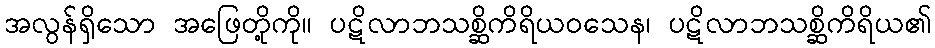
အလွန်ရှိသော အဖြေတို့ကို။ ပဋိလာဘသစ္ဆိကိရိယဝသေန၊ ပဋိလာဘသစ္ဆိကိရိယ၏